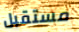
مستقبل